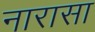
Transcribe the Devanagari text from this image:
नारासा